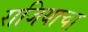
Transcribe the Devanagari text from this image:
राजियाचा